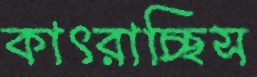
কাৎরাচ্ছিস